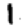
Digit: 1